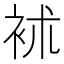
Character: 䘤